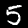
Label: 5